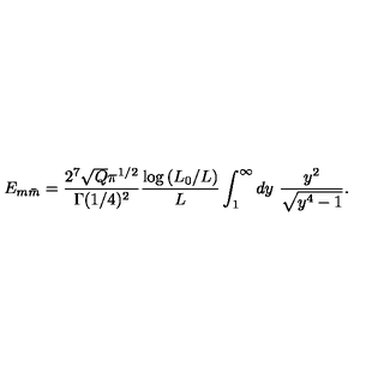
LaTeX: E _ { m \bar { m } } = { \frac { 2 ^ { 7 } \sqrt { Q } \pi ^ { 1 / 2 } } { \Gamma ( 1 / 4 ) ^ { 2 } } } { \frac { \log { ( L _ { 0 } / L ) } } { L } } \int _ { 1 } ^ { \infty } d y \ { \frac { y ^ { 2 } } { \sqrt { y ^ { 4 } - 1 } } } .